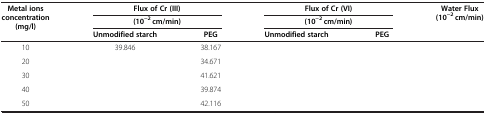
<table><thead><tr><td rowspan="3"><b>Metal ions concentration (mg/l)</b></td><td colspan="2"><b>Flux of Cr (III)</b></td><td colspan="2"><b>Flux of Cr (VI)</b></td><td rowspan="3"><b>Water Flux (10<sup>-2</sup> cm/min)</b></td></tr><tr><td colspan="2"><b>(10<sup>-2</sup> cm/min)</b></td><td colspan="2"><b>(10<sup>-2</sup> cm/min)</b></td></tr><tr><td><b>Unmodified starch</b></td><td><b>PEG</b></td><td><b>Unmodified starch</b></td><td><b>PEG</b></td></tr></thead><tbody><tr><td>10</td><td>39.846</td><td>38.167</td><td>[EMPTY_CELL]</td><td>[EMPTY_CELL]</td><td>[EMPTY_CELL]</td></tr><tr><td>20</td><td>[EMPTY_CELL]</td><td>34.671</td><td>[EMPTY_CELL]</td><td>[EMPTY_CELL]</td><td>[EMPTY_CELL]</td></tr><tr><td>30</td><td>[EMPTY_CELL]</td><td>41.621</td><td>[EMPTY_CELL]</td><td>[EMPTY_CELL]</td><td>[EMPTY_CELL]</td></tr><tr><td>40</td><td>[EMPTY_CELL]</td><td>39.874</td><td>[EMPTY_CELL]</td><td>[EMPTY_CELL]</td><td>[EMPTY_CELL]</td></tr><tr><td>50</td><td>[EMPTY_CELL]</td><td>42.116</td><td>[EMPTY_CELL]</td><td>[EMPTY_CELL]</td><td>[EMPTY_CELL]</td></tr></tbody></table>